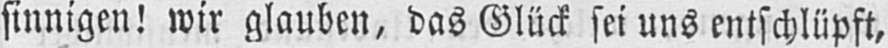
sinnigen! wir glauben, das Glück sei uns entschlüpft,